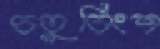
চতুর্বিংশ